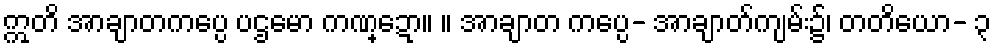
ဣတိ အာချာတကပ္ပေ ပဌမော ကဏ္ဍော။ ။ အာချာတ ကပ္ပေ- အာချာတ်ကျမ်း၌၊ တတိယော- ၃